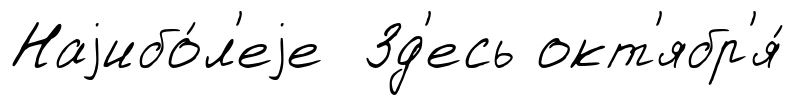
Наjибо́л'еjе Зд'есь окт'ябр'я́